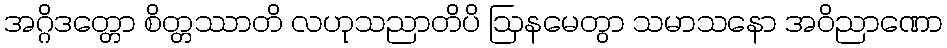
အဂ္ဂိဒတ္တော စိတ္တဿာတိ လဟုသညာတိပိ ဩနမေတွာ သမာသနော အဝိညာဏော